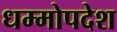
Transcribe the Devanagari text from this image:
धम्मोपदेश